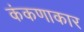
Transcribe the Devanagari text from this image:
कंकणाकार